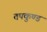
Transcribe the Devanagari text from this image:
तपकुण्ड